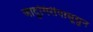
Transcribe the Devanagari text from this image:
जादुगिरीपासूसुन